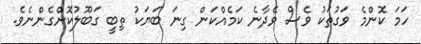
ހަމަ ކޮންމެ ވަގުތަކު ވެސް ވެދާނެ ކަމެއްކަން ގިނަ ބަޔަކު ތިބީ ގަބޫލުކޮށްގެންނެވެ.